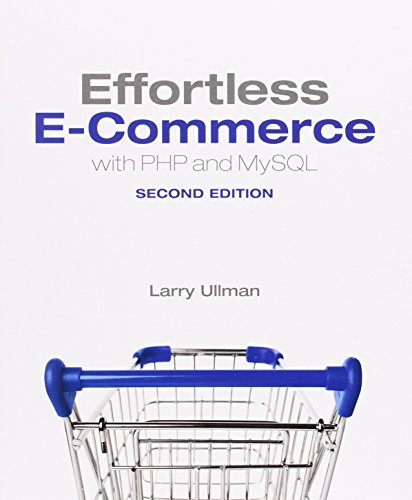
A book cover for Effortless E-Commerce with PHP and MySQL (2nd Edition) (Voices That Matter); Larry Ullman; Computers & Technology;